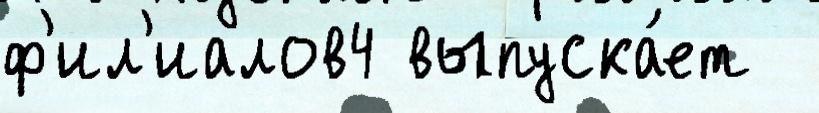
ф'ил'иалов4 выпуска́ет